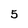
Character: 5